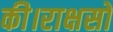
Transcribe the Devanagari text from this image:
की।राक्षसों